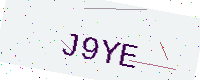
Text: J9YE